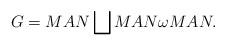
LaTeX: \begin{align*}G=MAN\bigsqcup MAN\omega MAN.\end{align*}